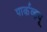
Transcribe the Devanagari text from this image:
पार्कव्हयू